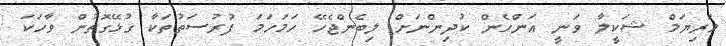
މަރިޔަމް ޝަކީލާ ވަނީ އަންހެން ކުދިންނަށް ލިބެންޖެހޭ ހަމަހަމަ ފުރުސަތުތަކާ ގުޅޭގޮތުން ވާހަކަ